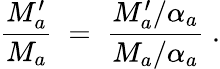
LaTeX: \frac{M_{a}^{\prime}}{M_{a}}\; =\; \frac{M_{a}^{\prime}/\alpha_{a}}{M_{a}/\alpha_{a}}\; .